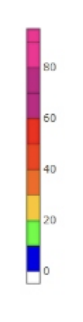
Blue: 0 to 10
Green: 10 to 20
Yellow: 20 to 30
Orange: 30 to 40
Dark Orange: 40 to 50
Red: 50 to 60
Magenta: 60 to 80
Pink: 80 to 95